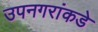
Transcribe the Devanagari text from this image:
उपनगरांकडे